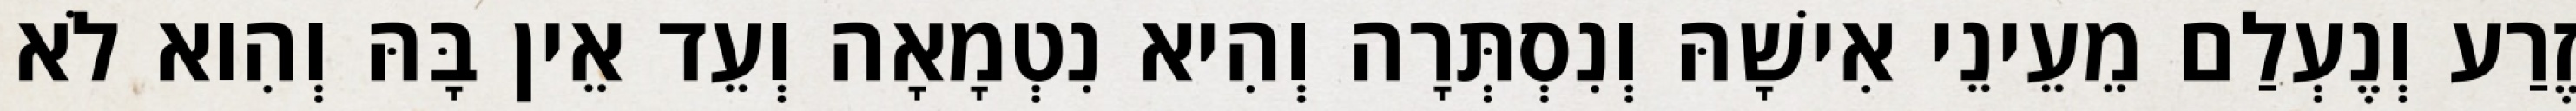
זֶרַע וְנֶעְלַם מֵעֵינֵי אִישָׁהּ וְנִסְתְּרָה וְהִיא נִטְמָאָה וְעֵד אֵין בָּהּ וְהִוא לֹא